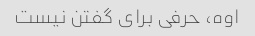
اوه، حرفی برای گفتن نیست